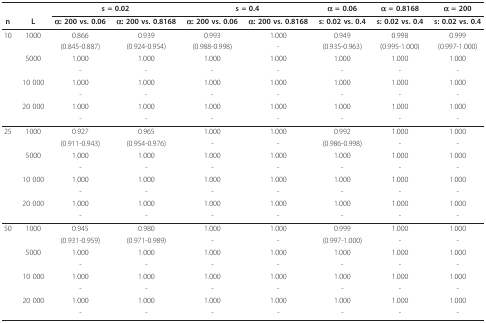
<table><thead><tr><td></td><td></td><td colspan="2"><b>s = 0.02</b></td><td colspan="2"><b>s = 0.4</b></td><td><b>α = 0.06</b></td><td><b>α = 0.8168</b></td><td><b>α = 200</b></td></tr><tr><td><b>n</b></td><td><b>L</b></td><td><b>α: 200 vs. 0.06</b></td><td><b>α: 200 vs. 0.8168</b></td><td><b>α: 200 vs. 0.06</b></td><td><b>α: 200 vs. 0.8168</b></td><td><b>s: 0.02 vs. 0.4</b></td><td><b>s: 0.02 vs. 0.4</b></td><td><b>s: 0.02 vs. 0.4</b></td></tr></thead><tbody><tr><td>10</td><td>1000</td><td>0.866</td><td>0.939</td><td>0.993</td><td>1.000</td><td>0.949</td><td>0.998</td><td>0.999</td></tr><tr><td></td><td></td><td>(0.845-0.887)</td><td>(0.924-0.954)</td><td>(0.988-0.998)</td><td>-</td><td>(0.935-0.963)</td><td>(0.995-1.000)</td><td>(0.997-1.000)</td></tr><tr><td></td><td>5000</td><td>1.000</td><td>1.000</td><td>1.000</td><td>1.000</td><td>1.000</td><td>1.000</td><td>1.000</td></tr><tr><td></td><td></td><td>-</td><td>-</td><td>-</td><td>-</td><td>-</td><td>-</td><td>-</td></tr><tr><td></td><td>10 000</td><td>1.000</td><td>1.000</td><td>1.000</td><td>1.000</td><td>1.000</td><td>1.000</td><td>1.000</td></tr><tr><td></td><td></td><td>-</td><td>-</td><td>-</td><td>-</td><td>-</td><td>-</td><td>-</td></tr><tr><td></td><td>20 000</td><td>1.000</td><td>1.000</td><td>1.000</td><td>1.000</td><td>1.000</td><td>1.000</td><td>1.000</td></tr><tr><td></td><td></td><td>-</td><td>-</td><td>-</td><td>-</td><td>-</td><td>-</td><td>-</td></tr><tr><td>25</td><td>1000</td><td>0.927</td><td>0.965</td><td>1.000</td><td>1.000</td><td>0.992</td><td>1.000</td><td>1.000</td></tr><tr><td></td><td></td><td>(0.911-0.943)</td><td>(0.954-0.976)</td><td>-</td><td>-</td><td>(0.986-0.998)</td><td>-</td><td>-</td></tr><tr><td></td><td>5000</td><td>1.000</td><td>1.000</td><td>1.000</td><td>1.000</td><td>1.000</td><td>1.000</td><td>1.000</td></tr><tr><td></td><td></td><td>-</td><td>-</td><td>-</td><td>-</td><td>-</td><td>-</td><td>-</td></tr><tr><td></td><td>10 000</td><td>1.000</td><td>1.000</td><td>1.000</td><td>1.000</td><td>1.000</td><td>1.000</td><td>1.000</td></tr><tr><td></td><td></td><td>-</td><td>-</td><td>-</td><td>-</td><td>-</td><td>-</td><td>-</td></tr><tr><td></td><td>20 000</td><td>1.000</td><td>1.000</td><td>1.000</td><td>1.000</td><td>1.000</td><td>1.000</td><td>1.000</td></tr><tr><td></td><td></td><td>-</td><td>-</td><td>-</td><td>-</td><td>-</td><td>-</td><td>-</td></tr><tr><td>50</td><td>1000</td><td>0.945</td><td>0.980</td><td>1.000</td><td>1.000</td><td>0.999</td><td>1.000</td><td>1.000</td></tr><tr><td></td><td></td><td>(0.931-0.959)</td><td>(0.971-0.989)</td><td>-</td><td>-</td><td>(0.997-1.000)</td><td>-</td><td>-</td></tr><tr><td></td><td>5000</td><td>1.000</td><td>1.000</td><td>1.000</td><td>1.000</td><td>1.000</td><td>1.000</td><td>1.000</td></tr><tr><td></td><td></td><td>-</td><td>-</td><td>-</td><td>-</td><td>-</td><td>-</td><td>-</td></tr><tr><td></td><td>10 000</td><td>1.000</td><td>1.000</td><td>1.000</td><td>1.000</td><td>1.000</td><td>1.000</td><td>1.000</td></tr><tr><td></td><td></td><td>-</td><td>-</td><td>-</td><td>-</td><td>-</td><td>-</td><td>-</td></tr><tr><td></td><td>20 000</td><td>1.000</td><td>1.000</td><td>1.000</td><td>1.000</td><td>1.000</td><td>1.000</td><td>1.000</td></tr><tr><td></td><td></td><td>-</td><td>-</td><td>-</td><td>-</td><td>-</td><td>-</td><td>-</td></tr></tbody></table>